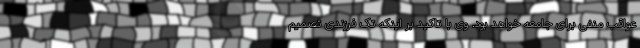
عواقب منفی برای جامعه خواهد بود. وی با تاکید بر اینکه تک فرزندی تصمیم